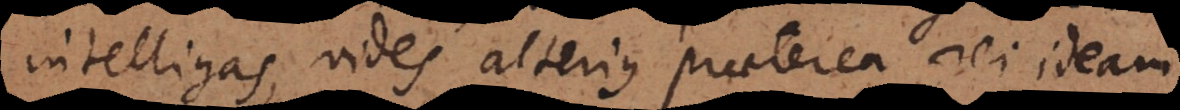
intelligas, vides alterius praeterea rei ideam